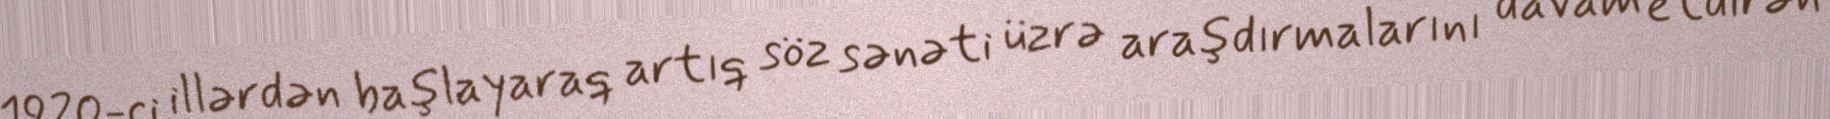
1920-ci illərdən başlayaraq artıq söz sənəti üzrə araşdırmalarını davam etdirən